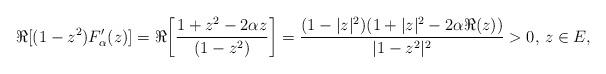
LaTeX: \begin{align*}\Re[(1-z^2)F'_\alpha(z)]=\Re{\left[\frac{1+z^2-2\alpha z}{(1-z^2)}\right]}=\frac{(1-|z|^2)(1+|z|^2-2\alpha \Re{(z)})}{|1-z^2|^2}>0,\, z\in E,\end{align*}